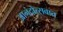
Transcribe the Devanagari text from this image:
आनंदोत्सवात